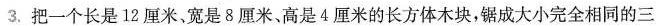
3.把一个长是12厘米，宽是8厘米。高是4厘米的长方体木块，锯成大小完全相同的三